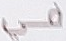
كل